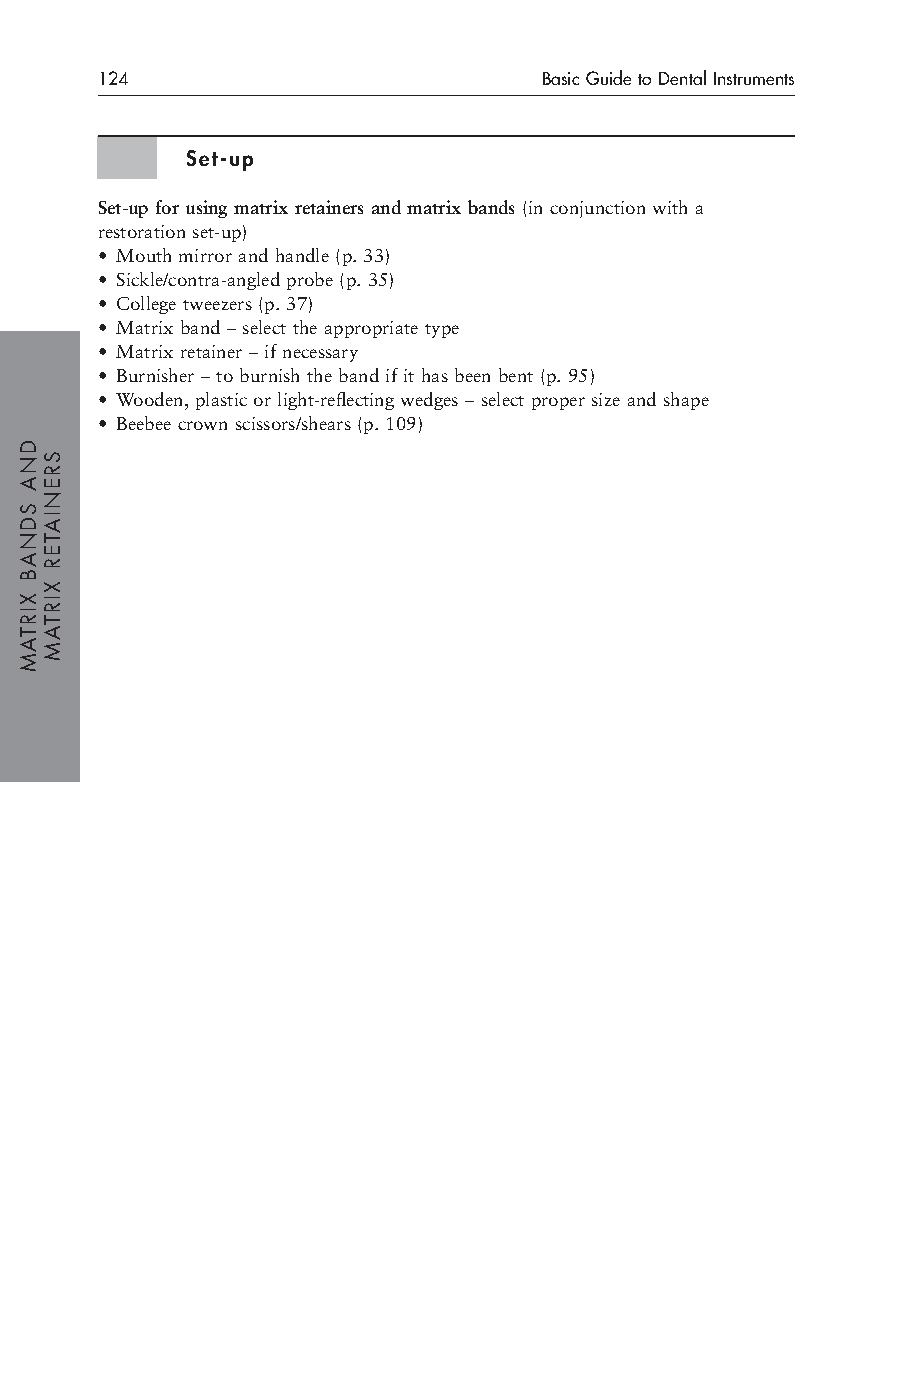
124                           Basic Guide to Dental Instruments
 Set-up
 Set-up for using matrix retainers and matrix bands(in conjunction with a
 restoration set-up)
 • Mouth mirror and handle (p. 33)
 • Sickle/contra-angled probe (p. 35)
 • College tweezers (p. 37)
 • Matrix band – select the appropriate type
 • Matrix retainer – if necessary
 • Burnisher – to burnish the band if it has been bent (p. 95)
 • Wooden, plastic or light-reflecting wedges – select proper size and shape
 • Beebee crown scissors/shears (p. 109)
 DNA
 SDNAB
 XIRTAM
 SRENIATER
 XIRTAM